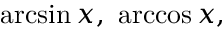
\arcsin x , \ \operatorname { a r c c o s } x ,